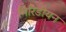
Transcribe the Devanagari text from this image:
मिरिडीयन